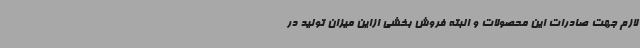
لازم جهت صادرات این محصولات و البته فروش بخشی ازاین میزان تولید در